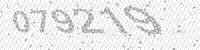
Solution: 079219